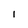
Character: I